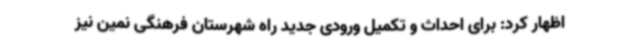
اظهار کرد: برای احداث و تکمیل ورودی جدید راه شهرستان فرهنگی نمین نیز